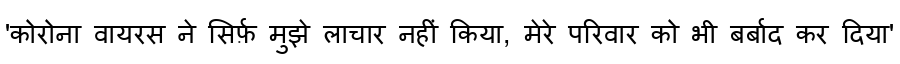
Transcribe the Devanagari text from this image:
'कोरोना वायरस ने सिर्फ़ मुझे लाचार नहीं किया, मेरे परिवार को भी बर्बाद कर दिया'